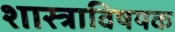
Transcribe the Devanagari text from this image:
शास्त्राविषयक